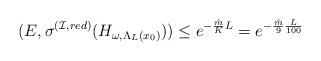
LaTeX: \begin{align*} (E,\sigma^{(\mathcal{I},red)}(H_{\omega,\Lambda_{L}(x_0)}))\leq e^{-\frac{\hat{m}}{K}L} = e^{-\frac{\hat m}{9}\frac{L}{100}} \end{align*}